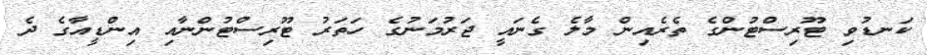
ކަނޑުވި ޓޫރިސްޓުންގެ ތެރެއިން މާލެ ގެނައީ ޖަރުމަނުގެ ހަތަރު ޓޫރިސްޓުންނާއި އިންޑީއާގެ ދެ